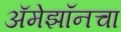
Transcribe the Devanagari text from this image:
अॅमेझॉनचा